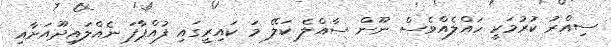
ސިއްރު ކުރުމަކީ ހައްލެއްވެސް ނޫން ސާއްލެ ކަލޭ މަ ކައިރީގައި ފުއްޕާފަ ނެއްލައިދޫއަށާއި